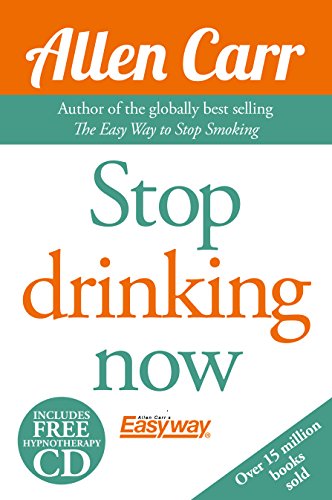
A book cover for Stop Drinking Now; Allen Carr; Health, Fitness & Dieting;